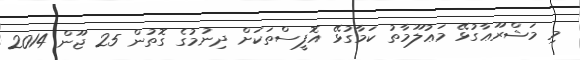
މި މަޝްރޫޢާގުޅޭ މަޢުލޫމާތު ކަމާގުޅޭ އޮފީސްތަކަށް ދިނުމުގެ ގޮތުން 25 ޖޫން 2014